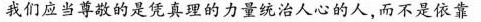
我们应当尊敬的是凭真理的力量统治人心的人，而不是依靠